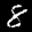
Label: 8